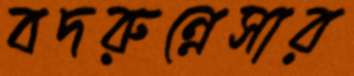
বদরুন্নেসার